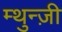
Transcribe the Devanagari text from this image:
म्थुन्ज़ी